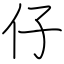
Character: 仔